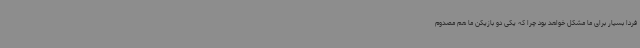
فردا بسیار برای ما مشکل خواهد بود چرا که یکی دو بازیکن ما هم مصدوم